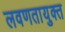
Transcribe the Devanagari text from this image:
लवणतायुक्त